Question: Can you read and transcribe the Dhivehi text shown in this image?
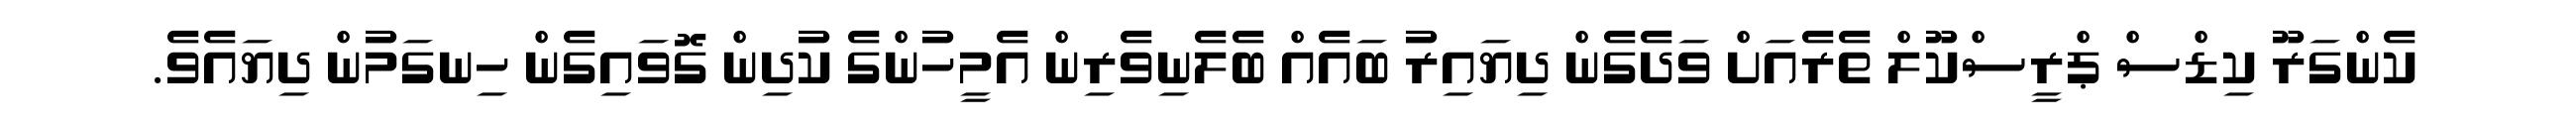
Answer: ކެންގަރޫ ކިޑްސް ޕްރީސްކޫލް ތެރެއަށް ވަދެގެން ދިޔައިރު ބައެއް ބެލެނިވެރިން އެމީހުންގެ ކުދިން ގޮވައިގެން ހިނގަމުން ދިޔައެވެ.